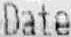
DATE